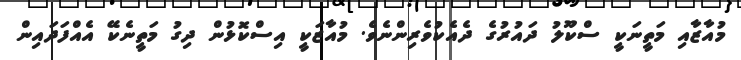
މުއާޒާއި މަތީނަކީ ސްކޫލު ދައުރުގެ ދެއެކުވެރިންނެވެ. މުއާޒަކީ އިސްކޮޅުން ދިގު މަތީނެކޭ އެއްފަދައިން